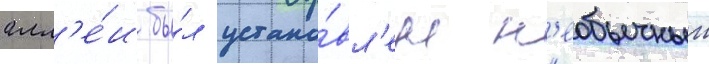
алл'е́и бы́л устано́вл'ен н'еобычныи